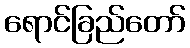
ရောင်ခြည်တော်